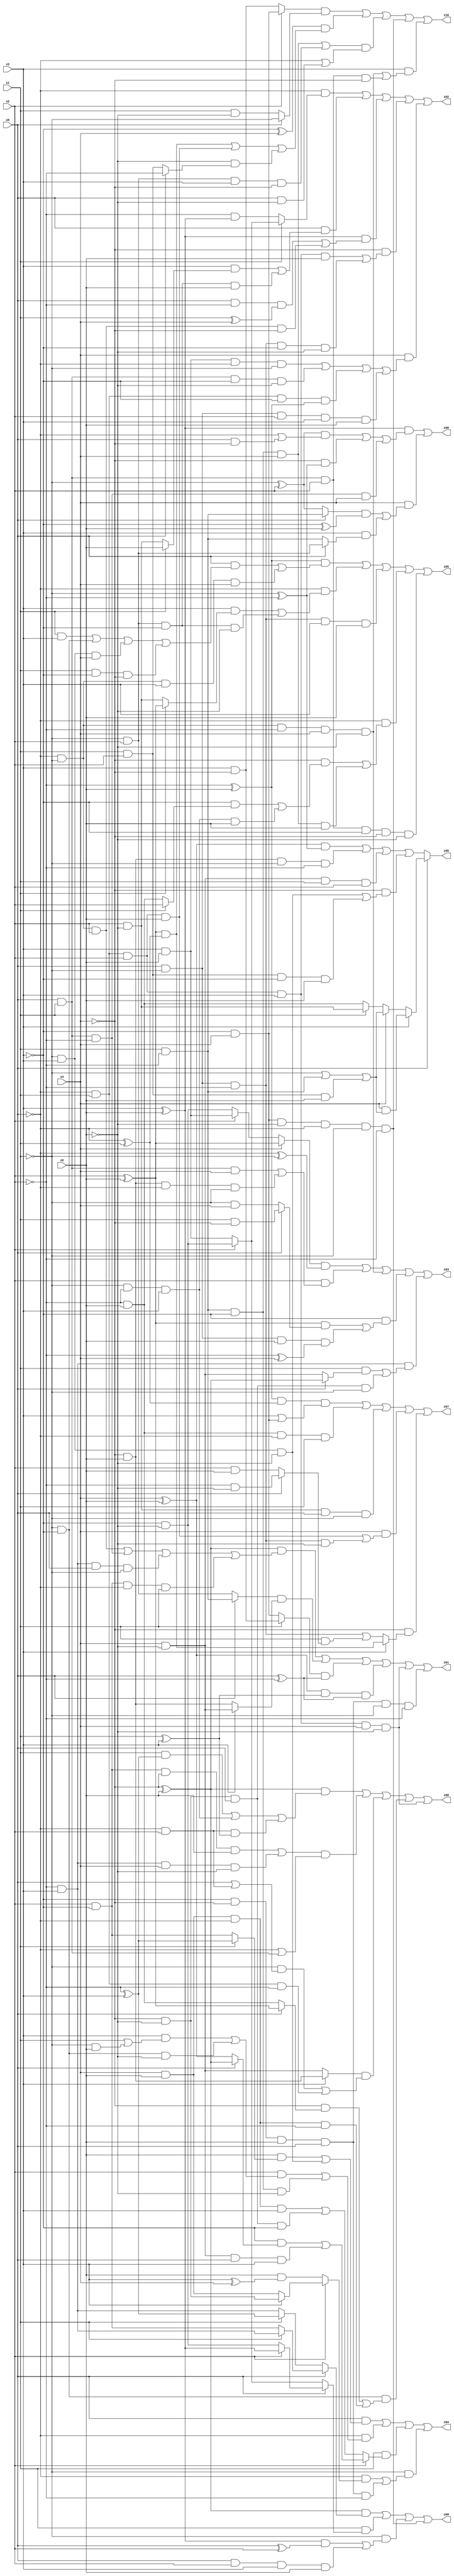
// Benchmark "X_10" written by ABC on Sat Jun 03 18:34:01 2023

module X_10 ( 
    x0, x1, x2, x3, x4, x5,
    z00, z01, z02, z03, z04, z05, z06, z07, z08, z09, z10  );
  input  x0, x1, x2, x3, x4, x5;
  output z00, z01, z02, z03, z04, z05, z06, z07, z08, z09, z10;
  assign z00 = ((~x4 ^ x5) & ((x1 & (~x2 ^ x3)) | (~x1 & ~x2 & x3) | (~x0 & x2 & (x1 ^ x3)))) | (((x2 & ~x3 & ~x4 & x5) | (~x2 & x3 & x4 & ~x5)) & (~x0 | (x0 & x1))) | ((x3 ? (~x4 & x5) : (x4 & ~x5)) & ((~x1 & (x0 | (~x0 & x2))) | (~x0 & x1 & ~x2))) | (~x1 & ~x3 & ((~x4 & (x0 ? (x2 ^ x5) : (~x2 & x5))) | (x4 & x5 & ~x0 & ~x2))) | (~x0 & x1 & x2 & x3 & x4 & ~x5);
  assign z01 = ((~x4 ^ x5) & ((~x0 & ~x1 & x2) | (x0 & x1 & ~x2) | (~x2 & x3 & x0 & ~x1) | (x2 & ~x3 & ~x0 & x1))) | ((x0 ? (x1 & ~x2) : (~x1 & x2)) & (x3 ? (x4 & ~x5) : (~x4 & x5))) | ((x1 ? (x3 & ~x4) : (~x3 & x4)) & (x0 ^ ~x2)) | ((x4 ^ x5) & (x1 ^ x3) & (x0 ^ ~x2)) | (~x0 & x1 & x2 & x3 & x4 & ~x5) | (~x3 & ~x4 & x5 & x0 & ~x1 & ~x2);
  assign z02 = (~x0 & (x1 ? (x2 ? (~x3 & ~x5) : (x3 & x5)) : (~x2 & (x3 ^ x5)))) | (x0 & ((x3 & (x1 ? x5 : (x2 & ~x5))) | (~x1 & x2 & ~x3 & x5))) | ((x3 ^ x5) & ((x0 & ~x2 & (x1 ^ x4)) | (~x0 & ~x1 & x2 & ~x4))) | (~x4 & ((~x0 & x1 & x2 & x3 & x5) | (x0 & ~x1 & ~x2 & ~x3 & ~x5))) | (x4 & ((x3 & x5 & ~x0 & ~x1) | (x0 & x1 & ~x3 & ~x5) | (~x0 & x1 & ~x3 & (~x2 ^ x5)) | (x0 & ~x1 & x2 & x3 & x5)));
  assign z03 = ((x4 ? (x2 ^ x5) : (x2 ? (x3 & x5) : (~x3 & ~x5))) & (~x0 ^ ~x1)) | (x2 & ((x0 & x1 & x4) | (~x4 & x5 & ~x0 & ~x1))) | (~x0 & ~x1 & ~x2 & x4 & ~x5) | (~x3 & (((x2 ^ x5) & (x0 ? (x1 & ~x4) : (~x1 & x4))) | (x0 & ~x1 & x5 & (~x2 ^ x4)))) | (~x2 & x3 & ((x1 & (x0 ? (~x4 ^ x5) : (x4 & ~x5))) | (~x4 & ~x5 & x0 & ~x1)));
  assign z04 = (x0 & ((x5 & (x1 ? (~x2 ^ x3) : (x2 & ~x3))) | (~x1 & x3 & ~x5))) | (~x0 & ((x2 & ((x3 & (x1 | (~x1 & x5))) | (~x1 & ~x3 & ~x5))) | (x1 & ~x2 & ~x3 & ~x5))) | (x1 & (x2 ? ((~x3 & (x0 ? (~x4 ^ x5) : (x4 ^ x5))) | (x4 & ~x5 & x0 & x3)) : ((x4 & x5 & ~x0 & x3) | (~x4 & ~x5 & x0 & ~x3)))) | (~x1 & ((~x0 & (x2 ? (x3 ? (~x4 & ~x5) : (x4 & x5)) : (x5 & (x3 ^ x4)))) | (~x3 & ~x4 & x5 & x0 & ~x2)));
  assign z05 = ((~x2 ^ x5) & ((x0 & ((x1 & x3) | (~x1 & ~x3) | (~x1 & x3 & x4) | (x1 & ~x3 & ~x4))) | (~x0 & ~x1 & x3 & x4))) | (~x0 & ((x3 & (x1 ? (x2 ^ x5) : (x2 & ~x5))) | (~x1 & x2 & ~x3 & ~x5))) | (x0 & ~x1 & ~x2 & x3 & x5) | (~x0 & ((~x4 & ((~x3 & (x1 ? x2 : (~x2 & x5))) | (~x1 & ~x2 & x3 & x5))) | (x1 & ~x2 & ~x3 & x4 & x5))) | (x0 & x1 & x2 & ~x3 & ~x4 & ~x5);
  assign z06 = x0 ? (x3 ? (x4 & (~x1 | (x1 & ~x2) | (x1 & x2 & x5))) : (x4 ? (~x1 | (x1 & ~x2) | (x1 & x2 & x5)) : (x1 ? (x2 & ~x5) : (~x2 & x5)))) : (((x4 ^ x5) & (~x1 ^ ~x2)) | (~x4 & x5 & ~x1 & ~x2) | (x4 & ~x5 & x1 & x2) | (~x4 & ((~x1 & x3 & ~x5) | (x1 & x2 & ~x3 & x5))));
  assign z07 = ((~x2 ^ x5) & (~x0 ^ x1) & (x3 | (~x3 & x4))) | (~x2 & x5 & ~x0 & x1) | (x2 & ~x5 & x0 & ~x1) | (x4 & ((~x0 & x1 & x2 & x5) | (x0 & ~x1 & ~x2 & ~x5))) | (~x4 & (x3 ? ((x2 ^ x5) & (~x0 ^ x1)) : ((x0 & ~x1 & ~x2) | (x1 & (x0 ? (~x2 & ~x5) : (x2 & x5))))));
  assign z08 = ((x3 ^ x5) & (((~x1 ^ x2) & (~x0 | (x0 & ~x4))) | (~x4 & (~x1 ^ ~x2)) | (x0 & x1 & ~x2 & x4))) | (x4 & (((x0 ? (x1 & ~x2) : (~x1 ^ x2)) & (~x3 ^ x5)) | (x3 & (x0 ? (~x1 & x2) : (x1 & ~x2)))));
  assign z09 = ((~x4 ^ x5) & (x0 ? (x1 ? (~x2 & x3) : (x2 & ~x3)) : (x1 ? (~x2 ^ x3) : (~x2 & x3)))) | (x1 & (x0 ? (x2 ? (x3 ^ x5) : (~x3 & ~x5)) : (x2 ? (~x3 & ~x5) : (x3 & x5)))) | (~x1 & (((x3 ^ x5) & (x0 ^ x2)) | (x0 & x2 & x3 & x5))) | (~x3 & x4 & ~x5 & ~x0 & ~x1 & ~x2);
  assign z10 = ((x2 ? (~x3 & x4) : (x3 & ~x4)) & (x0 ? ~x1 : (x1 & ~x5))) | ((~x3 ^ x4) & (((x2 ^ x5) & (~x0 ^ x1)) | (~x0 & x1 & x2 & x5) | (~x5 & (x0 ? ~x2 : (x1 & x2))))) | (((x1 & ~x2 & ~x3 & x4) | (~x1 & x2 & x3 & ~x4)) & (~x0 | (x0 & ~x5))) | (~x3 & x4 & ~x5 & ~x0 & ~x1 & ~x2) | (x3 & ((~x0 & ~x1 & ~x2 & x4 & ~x5) | (x0 & x1 & x2 & ~x4)));
endmodule